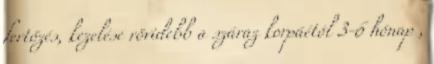
fertőzés, kezelése rövidebb a száraz korpáétól 3-6 hónap ,